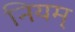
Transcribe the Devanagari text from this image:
नियम्